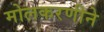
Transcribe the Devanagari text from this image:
मोलकरणीने